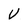
Character: U